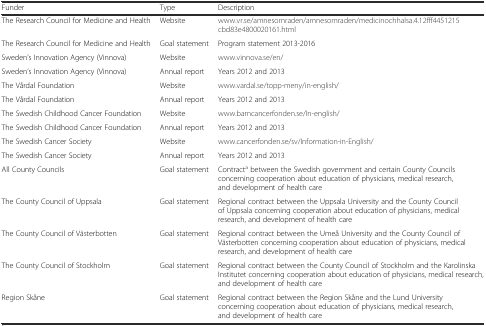
| Funder | Type | Description |
 | --- | --- | --- |
 | The Research Council for Medicine and Health | Website | www.vr.se/amnesomraden/amnesomraden/medicinochhalsa.4.12fff4451215cbd83e4800020161.html |
 | The Research Council for Medicine and Health | Goal statement | Program statement 2013-2016 |
 | Sweden’s Innovation Agency (Vinnova) | Website | www.vinnova.se/en/ |
 | Sweden’s Innovation Agency (Vinnova) | Annual report | Years 2012 and 2013 |
 | The Vårdal Foundation | Website | www.vardal.se/topp-meny/in-english/ |
 | The Vårdal Foundation | Annual report | Years 2012 and 2013 |
 | The Swedish Childhood Cancer Foundation | Website | www.barncancerfonden.se/In-english/ |
 | The Swedish Childhood Cancer Foundation | Annual report | Years 2012 and 2013 |
 | The Swedish Cancer Society | Website | www.cancerfonden.se/sv/Information-in-English/ |
 | The Swedish Cancer Society | Annual report | Years 2012 and 2013 |
 | All County Councils | Goal statement | Contracta between the Swedish government and certain County Councils concerning cooperation about education of physicians, medical research, and development of health care |
 | The County Council of Uppsala | Goal statement | Regional contract between the Uppsala University and the County Council of Uppsala concerning cooperation about education of physicians, medical research, and development of health care |
 | The County Council of Västerbotten | Goal statement | Regional contract between the Umeå University and the County Council of Västerbotten concerning cooperation about education of physicians, medical research, and development of health care |
 | The County Council of Stockholm | Goal statement | Regional contract between the County Council of Stockholm and the Karolinska Institutet concerning cooperation about education of physicians, medical research, and development of health care |
 | Region Skåne | Goal statement | Regional contract between the Region Skåne and the Lund University concerning cooperation about education of physicians, medical research, and development of health care |